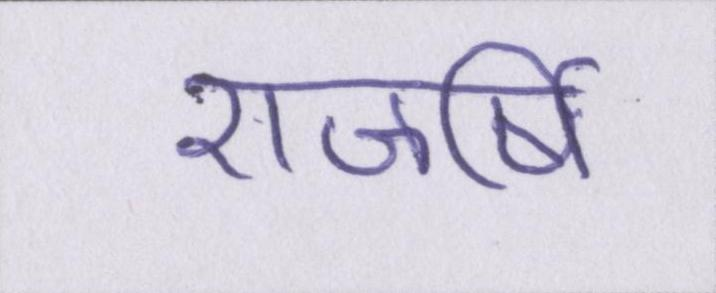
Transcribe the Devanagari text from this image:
राजर्षि